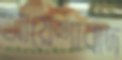
আয়েশাবাদ